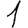
Digit: 1